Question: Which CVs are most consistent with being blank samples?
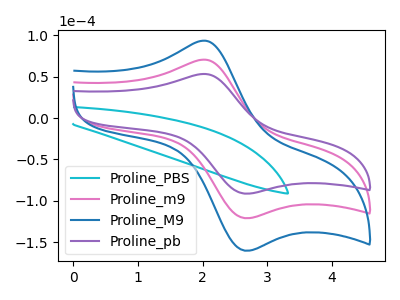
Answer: <think>The cyan curve "Proline_PBS" has no peaks. The pink curve "Proline_m9" has an anodic peak at (2.00V, 70.50uA) and a cathodic peak at (2.70V, -120.90uA). The blue curve "Proline_M9" has an anodic peak at (2.00V, 141.00uA) and a cathodic peak at (2.70V, -241.80uA). The purple curve "Proline_pb" has an anodic peak at (2.00V, 53.20uA) and a cathodic peak at (2.70V, -91.25uA).</think>
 <answer>"Proline_PBS" is likely to be a blank.</answer>
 <eval>Proline_PBS</eval>